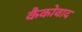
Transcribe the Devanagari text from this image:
कैकोवाद